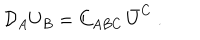
LaTeX: { \cal D } _ { A } U _ { B } = C _ { A B C } \, \bar { U } ^ { C } \ .